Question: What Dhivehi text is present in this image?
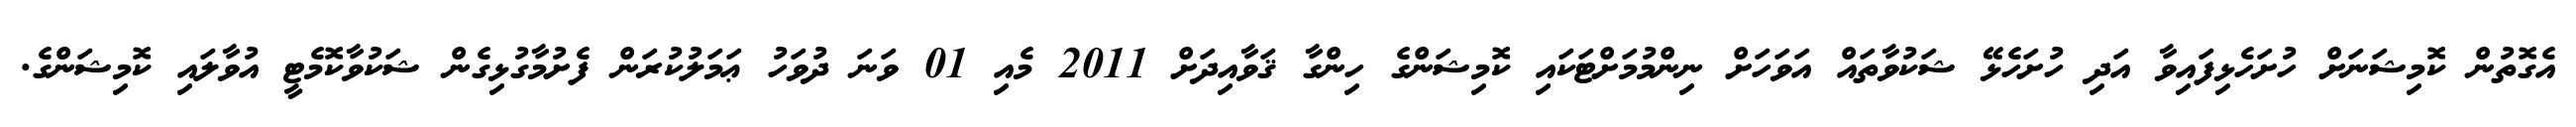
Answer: އެގޮތުން ކޮމިޝަނަށް ހުށަހެޅިފައިވާ އަދި ހުށަހެޅޭ ޝަކުވާތައް އަވަހަށް ނިންމުމަށްޓަކައި ކޮމިޝަންގެ ހިންގާ ޤަވާއިދަށް 2011 މެއި 01 ވަނަ ދުވަހު ޢަމަލުކުރަން ފެށުމާގުޅިގެން ޝަކުވާކޮމެޓީ އުވާލައި ކޮމިޝަންގެ.